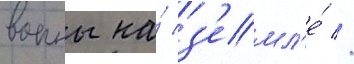
воины на́ з'емл'е́ //